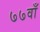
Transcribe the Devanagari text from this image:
७७वाँ